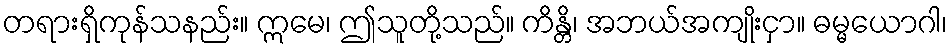
တရားရှိကုန်သနည်း။ ဣမေ၊ ဤသူတို့သည်။ ကိန္တိ၊ အဘယ်အကျိုးငှာ။ ဓမ္မယောဂါ၊